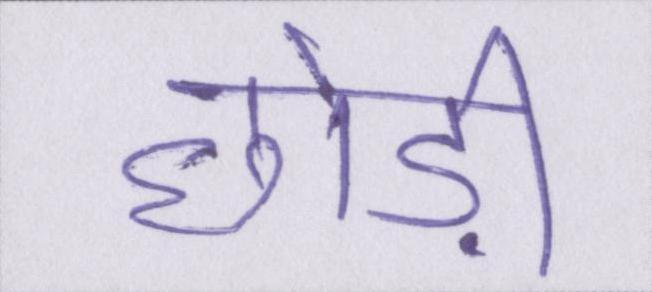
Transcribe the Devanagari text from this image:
छोड़ी